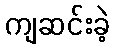
ကျဆင်းခဲ့